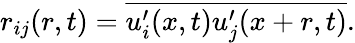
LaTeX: r_{ij}(r,t)=\overline{{u_{i}^{\prime}(x,t)u_{j}^{\prime}(x+r,t)}}.